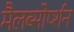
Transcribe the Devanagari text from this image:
मैलब्सोर्प्शन